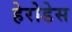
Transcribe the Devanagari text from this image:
हेरोडेस